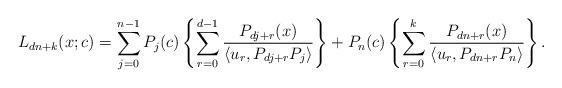
LaTeX: \begin{align*}L_{dn+k}(x;c)=\sum_{j=0}^{n-1}P_j(c)\left\{ \sum_{r=0}^{d-1}\frac{P_{dj+r}(x)}{\left\langle u_{r},P_{dj+r}P_j\right\rangle} \right\}+P_n(c)\left\{\sum_{r=0}^{k}\frac{P_{dn+r}(x)}{\left\langle u_{r},P_{dn+r}P_n\right\rangle}\right\}. \end{align*}